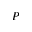
P